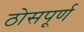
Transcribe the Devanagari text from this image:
ठोसपूर्ण